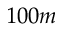
1 0 0 m